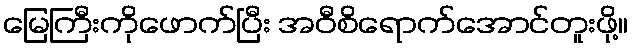
မြေကြီးကိုဖောက်ပြီး အဝီစိရောက်အောင်တူးဖို့။